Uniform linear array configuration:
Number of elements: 48
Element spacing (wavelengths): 1
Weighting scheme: kaiser
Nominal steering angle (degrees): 60
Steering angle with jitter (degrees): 61.102
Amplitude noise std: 0.05
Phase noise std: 0.05

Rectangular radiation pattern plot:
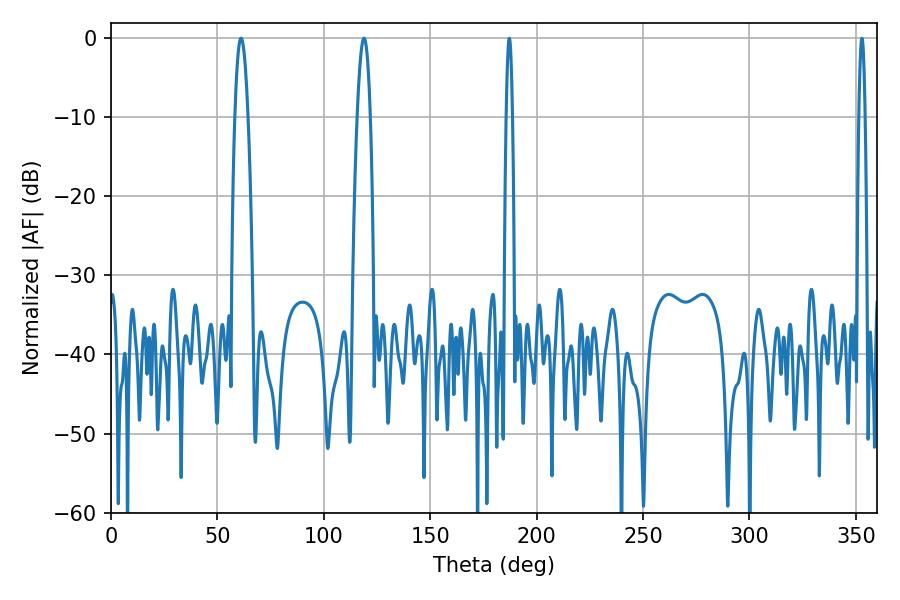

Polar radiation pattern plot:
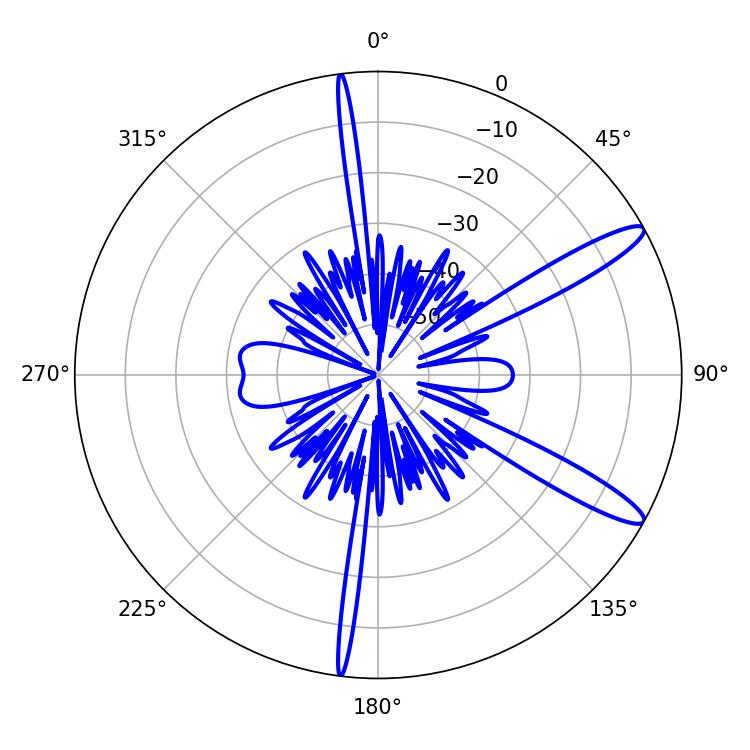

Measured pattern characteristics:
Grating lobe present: TRUE
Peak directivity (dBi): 12.788
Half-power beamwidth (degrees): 3.42
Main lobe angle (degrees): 61.02